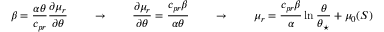
\beta = \frac { \alpha \theta } { c _ { p r } } \frac { \partial \mu _ { r } } { \partial \theta } \qquad \rightarrow \qquad \frac { \partial \mu _ { r } } { \partial \theta } = \frac { c _ { p r } \beta } { \alpha \theta } \qquad \rightarrow \qquad \mu _ { r } = \frac { c _ { p r } \beta } { \alpha } \ln { \frac { \theta } { \theta _ { \star } } } + \mu _ { 0 } ( S )